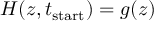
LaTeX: H ( z , t _ { \mathrm { s t a r t } } ) = g ( z )